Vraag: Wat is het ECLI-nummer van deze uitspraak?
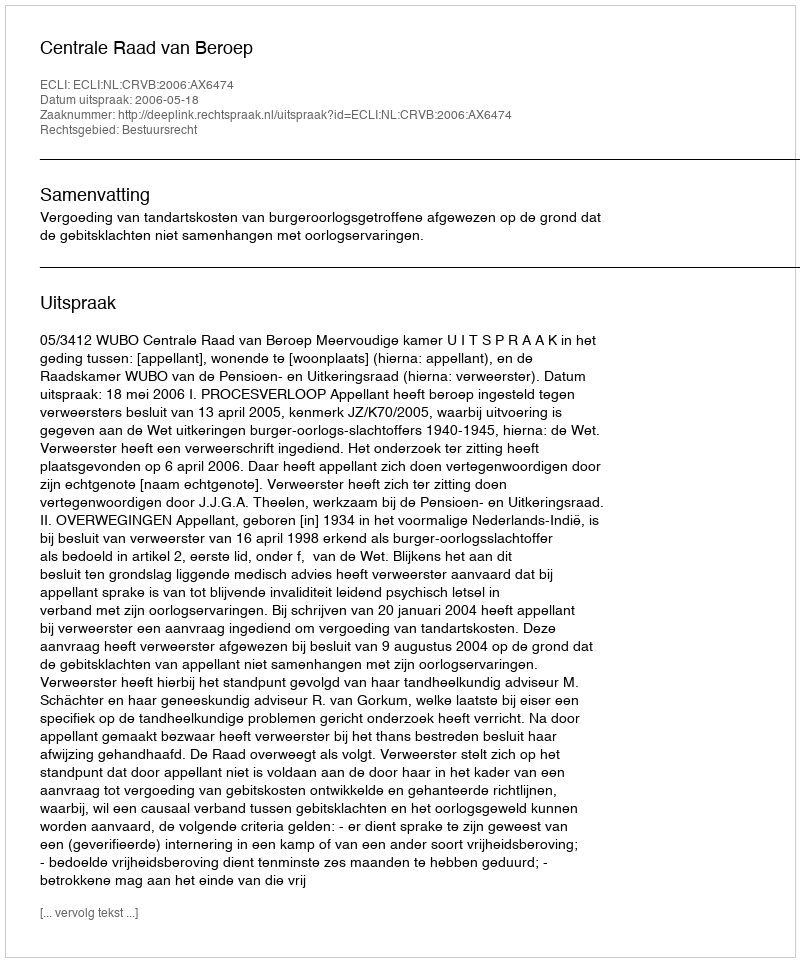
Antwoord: ECLI:NL:CRVB:2006:AX6474